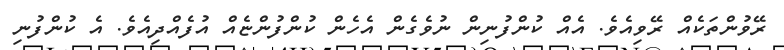
ރޭވުންތަކެއް ރޭވިއެވެ. އެއް ކުންފުނިން ނުވެގެން އެހެން ކުންފުންޏެއް އުފެއްދިއެވެ. އެ ކުންފުނި